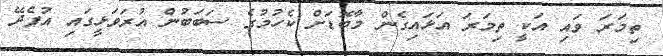
ތިމަރަ ވައި އަކީ ތިމަރަ އަޅައިގެން މާބޮޑަށް ކެހުމުގެ ސަބަބުން އުރަވަޅީގައި އުފެދޭ